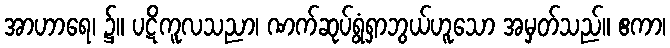
အာဟာရေ၊ ၌။ ပဋိကူလသညာ၊ ဏက်ဆုပ်ရွံရှာဘွယ်ဟူသော အမှတ်သည်။ ဧကာ၊